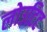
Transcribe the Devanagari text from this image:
लोउटिट